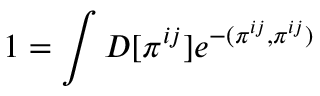
1 = \int D [ \pi ^ { i j } ] e ^ { - ( \pi ^ { i j } , \pi ^ { i j } ) }